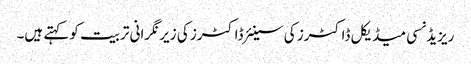
ریزیڈنسی میڈیکل ڈاکٹرز کی سینئر ڈاکٹرز کی زیر نگرانی تربیت کو کہتے ہیں۔